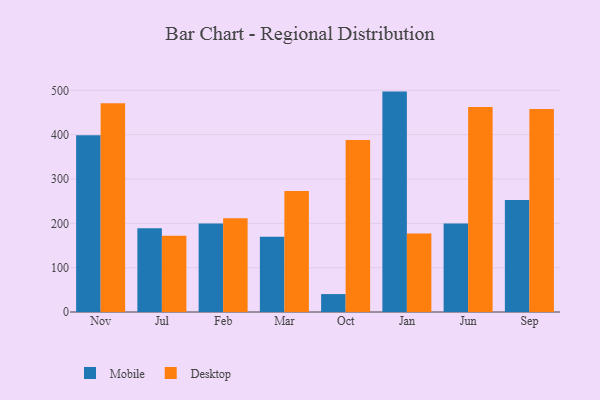
{"axis": {"x": "Month", "y": "Budget (USD K)"}, "legend": ["Desktop", "Mobile"], "data": [{"x": "Nov", "y": 398.6, "type": "Mobile"}, {"x": "Nov", "y": 470.7, "type": "Desktop"}, {"x": "Jul", "y": 188.9, "type": "Mobile"}, {"x": "Jul", "y": 171.9, "type": "Desktop"}, {"x": "Feb", "y": 199.8, "type": "Mobile"}, {"x": "Feb", "y": 211.6, "type": "Desktop"}, {"x": "Mar", "y": 169.9, "type": "Mobile"}, {"x": "Mar", "y": 273.1, "type": "Desktop"}, {"x": "Oct", "y": 40.4, "type": "Mobile"}, {"x": "Oct", "y": 387.8, "type": "Desktop"}, {"x": "Jan", "y": 497.1, "type": "Mobile"}, {"x": "Jan", "y": 176.9, "type": "Desktop"}, {"x": "Jun", "y": 199.5, "type": "Mobile"}, {"x": "Jun", "y": 462.6, "type": "Desktop"}, {"x": "Sep", "y": 252.7, "type": "Mobile"}, {"x": "Sep", "y": 458.0, "type": "Desktop"}]}